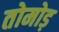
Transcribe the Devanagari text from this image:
तोमोड़